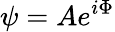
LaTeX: \psi=Ae^{i\Phi}